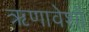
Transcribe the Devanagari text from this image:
ऋणावेशों